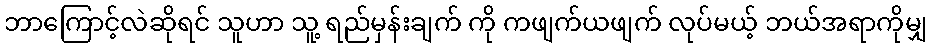
ဘာကြောင့်လဲဆိုရင် သူဟာ သူ့ ရည်မှန်းချက် ကို ကဖျက်ယဖျက် လုပ်မယ့် ဘယ်အရာကိုမျှ